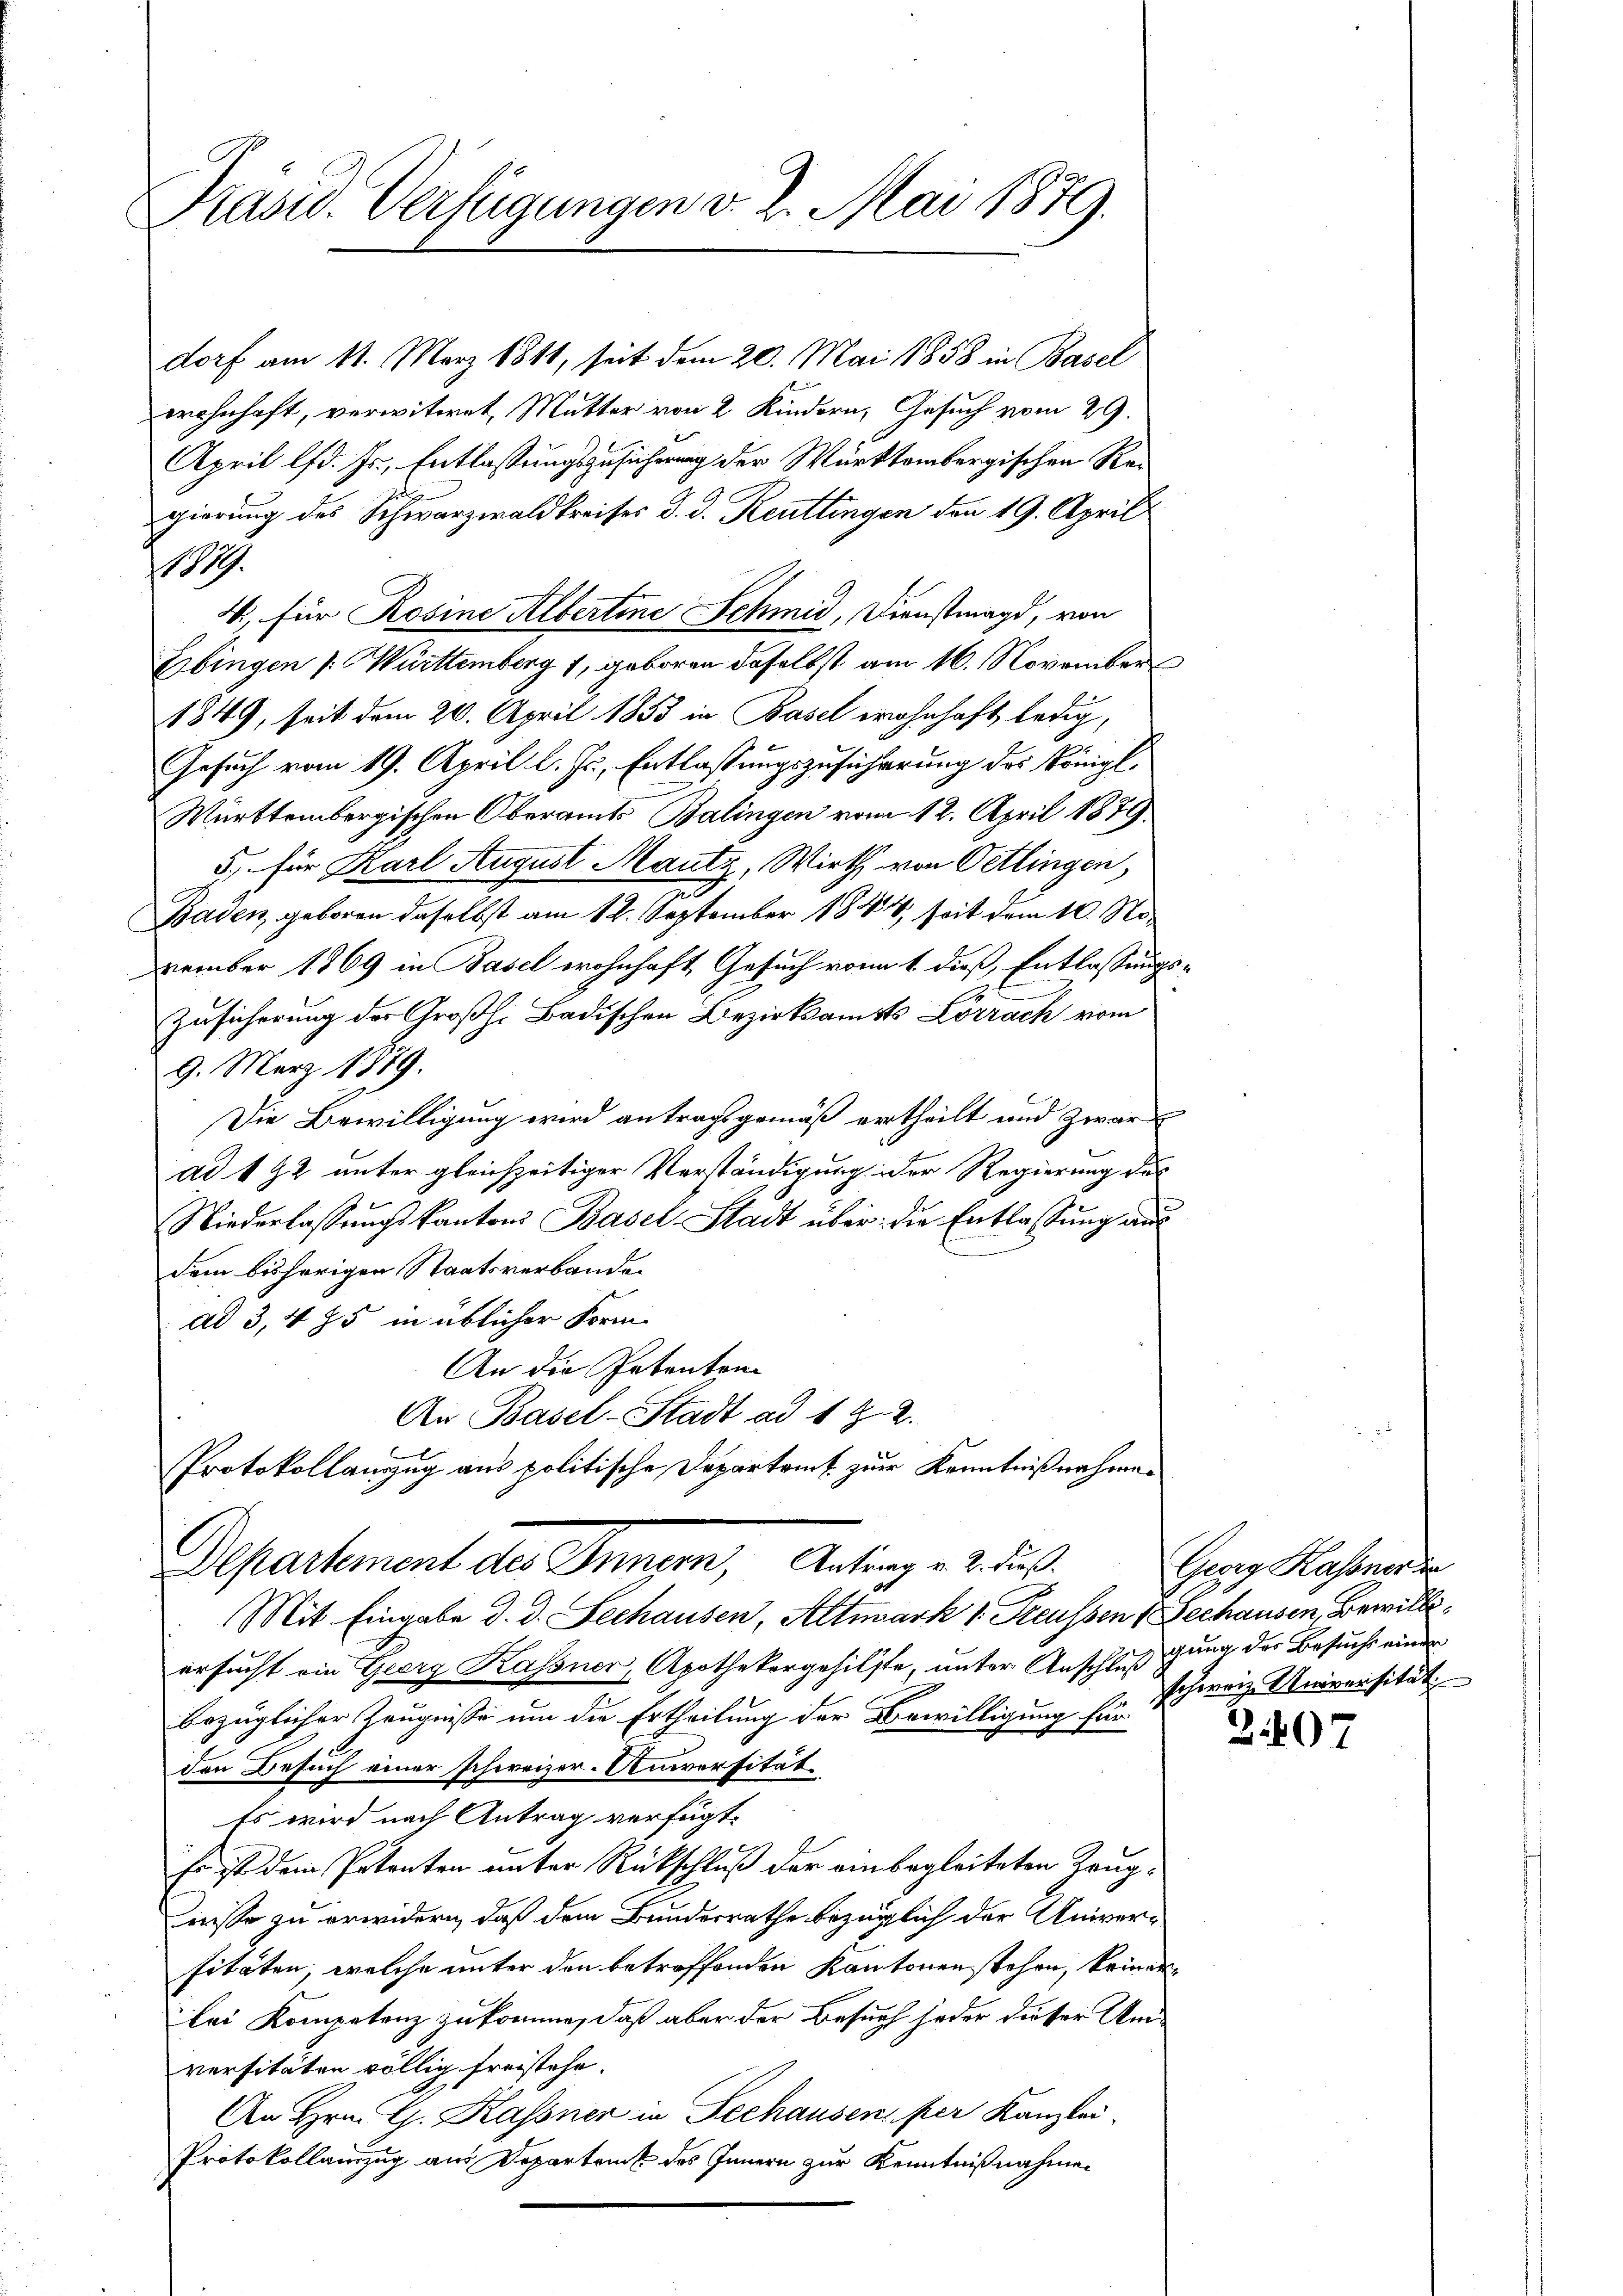
Präsid. Verfügungen v. 2. Mai 1879.

dorf am 11. März 1811, seit dem 20. Mai 1858 in Basel
wohnhaft, verwitwet, Mutter von 2 Kindern, Gesuch vom 29.
April lfd. Fr., Entlassungszusicherung der Würktombergischen Regierung des Schwarzwaldkreises d. d. Reutlingen den 19. April
1817.
4, für Rosine Albertine Schmid, Dienstmagd, von
Ebingen /: Württemberg 1, geboren daselbst am 16. November
1849, seit dem 20. April 1853 in Basel wohnhaft ledig,
Gesuch vom 19. April l. Js., Entlassungszusicherung des Königl.
Württembergischen Oberamts Balingen vom 12. April 1879
5) für Karl August Mautz, Wirth von Oetlingen,
Baden, geboren daselbst am 12. September 1844, seit dem 10. Nozember 1869 in Basel wohnhaft, Gesuch vom 1. dieß, Entlassungs¬
Zusicherung der Großh. Badischen Bezirksamts Lörrach vom
9. März 1879.
Die Bewilligung wird antragsgemäß ertheilt und zwar
ad 192 unter gleichzeitiger Verständigung der Regierung des
Niederlassungskantons Basel Stadt über die Entlassung aus
dem bisherigen Staatsverbande
ad 3, 485 in üblicher Form-
An die Patenten
An Basel-Stadt ad 1. Z. 2.
Protokollanzug aus politische Departruck zur Kenntnißnahmen
Departement der Stangen, Antrag. 2 des
Mit Eingabe d. d. Sechausen, Altmark 1 Treussen Rechausen Bewilli
ersucht ein Georg Kassner, Apothekargehilfte, unter Anschluß gung der Besuchs einer
bezüglicher Zeugniße um die Ertheilung der Bewilligung für
den Besuch einer schweizer. Universität¬
Es wird nach Antrag verfügt:
Es ist dem Petenten unter Rückschluß der ein begleiteten Kaugiso zu erwidern, daß dem Bundesrathe bezüglich der Universitäten, welche unter den betroffenden Kantonen stehen, keiner
bei Kompetenz zukomme, daß aber der Besuch jeder dieser Um-
versitäten völlig freistehe.
An Hrn. G. Kassner in Seehausen, per Kanzlei-
Protokollanzug aus Departeme des Innern zur Kenntnißnahmen

Georg Kassner de
scherig Universität

2407